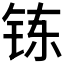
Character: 𮸀